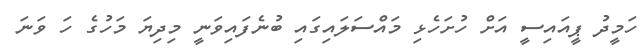
ހަމީދު ޕީއައިސީ އަށް ހުށަހެޅި މައްސަލައިގައި ބުނެފައިވަނީ މިދިޔަ މަހުގެ ހަ ވަނަ